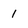
Character: 1